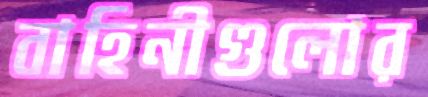
বাহিনীগুলোর